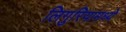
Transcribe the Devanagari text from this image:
लिगुरियामध्ये